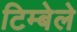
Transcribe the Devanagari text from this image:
टिम्बेले